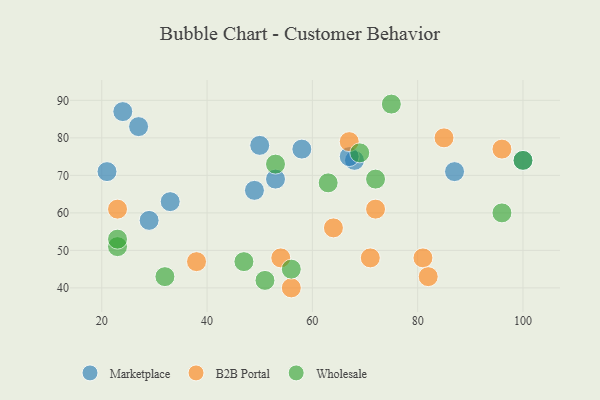
{"axis": {"x": "GDP", "y": "Life Expectancy"}, "legend": ["B2B Portal", "Marketplace", "Wholesale"], "data": [{"x": "50", "y": 78, "type": "Marketplace"}, {"x": "87", "y": 71, "type": "Marketplace"}, {"x": "68", "y": 74, "type": "Marketplace"}, {"x": "49", "y": 66, "type": "Marketplace"}, {"x": "21", "y": 71, "type": "Marketplace"}, {"x": "67", "y": 75, "type": "Marketplace"}, {"x": "24", "y": 87, "type": "Marketplace"}, {"x": "29", "y": 58, "type": "Marketplace"}, {"x": "53", "y": 69, "type": "Marketplace"}, {"x": "27", "y": 83, "type": "Marketplace"}, {"x": "58", "y": 77, "type": "Marketplace"}, {"x": "33", "y": 63, "type": "Marketplace"}, {"x": "100", "y": 74, "type": "Marketplace"}, {"x": "72", "y": 61, "type": "B2B Portal"}, {"x": "56", "y": 40, "type": "B2B Portal"}, {"x": "96", "y": 77, "type": "B2B Portal"}, {"x": "64", "y": 56, "type": "B2B Portal"}, {"x": "81", "y": 48, "type": "B2B Portal"}, {"x": "54", "y": 48, "type": "B2B Portal"}, {"x": "38", "y": 47, "type": "B2B Portal"}, {"x": "82", "y": 43, "type": "B2B Portal"}, {"x": "23", "y": 61, "type": "B2B Portal"}, {"x": "71", "y": 48, "type": "B2B Portal"}, {"x": "67", "y": 79, "type": "B2B Portal"}, {"x": "85", "y": 80, "type": "B2B Portal"}, {"x": "47", "y": 47, "type": "Wholesale"}, {"x": "23", "y": 51, "type": "Wholesale"}, {"x": "23", "y": 53, "type": "Wholesale"}, {"x": "72", "y": 69, "type": "Wholesale"}, {"x": "51", "y": 42, "type": "Wholesale"}, {"x": "63", "y": 68, "type": "Wholesale"}, {"x": "100", "y": 74, "type": "Wholesale"}, {"x": "75", "y": 89, "type": "Wholesale"}, {"x": "96", "y": 60, "type": "Wholesale"}, {"x": "53", "y": 73, "type": "Wholesale"}, {"x": "32", "y": 43, "type": "Wholesale"}, {"x": "56", "y": 45, "type": "Wholesale"}, {"x": "69", "y": 76, "type": "Wholesale"}]}